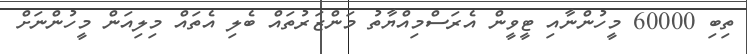
ތިބި 60000 މީހުންނާއި ޓީވީން އެރަސްމިއްޔާތު މަންޒަރުތައް ބެލި އެތައް މިލިއަން މީހުންނަށް